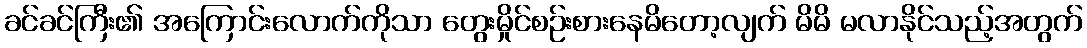
ခင်ခင်ကြီး၏ အကြောင်းလောက်ကိုသာ တွေးမှိုင်စဉ်းစားနေမိတော့လျက် မိမိ မလာနိုင်သည့်အတွက်